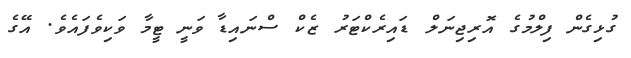
ގުޅިގެން ފިލްމުގެ އޮރިޖިނަލް ޑައިރެކްޓަރު ޒެކް ސްނައިޑާ ވަނީ ޓީމާ ވަކިވެފައެވެ. އޭގެ